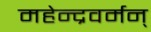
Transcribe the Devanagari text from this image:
महेन्द्रवर्मन्